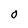
Character: O